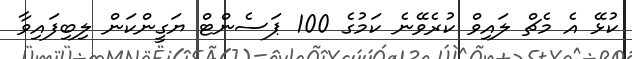
ކުޅޭ އެ މެޗް ލައިވް ކުރެވޭނެ ކަމުގެ 100 ޕަސެންޓް ޔަގީންކަން ލިބިފައިވާ